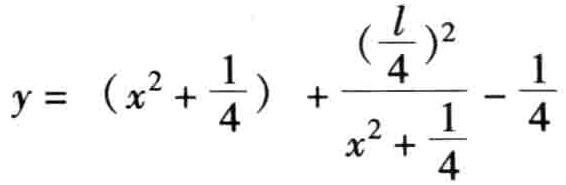
\(y = \left(x^{2}+\frac{1}{4}\right)+\frac{\left(\frac{l}{4}\right)^{2}}{x^{2}+\frac{1}{4}}-\frac{1}{4}\)